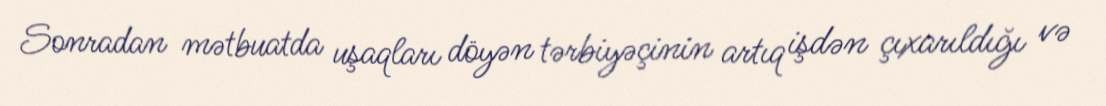
Sonradan mətbuatda uşaqları döyən tərbiyəçinin artıq işdən çıxarıldığı və